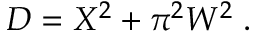
{ \cal D } = { \cal X } ^ { 2 } + \pi ^ { 2 } { \cal W } ^ { 2 } \; .